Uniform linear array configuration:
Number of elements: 16
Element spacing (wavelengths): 1
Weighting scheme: exponential
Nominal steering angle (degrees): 60
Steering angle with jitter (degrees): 59.809
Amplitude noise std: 0.05
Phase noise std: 0.05

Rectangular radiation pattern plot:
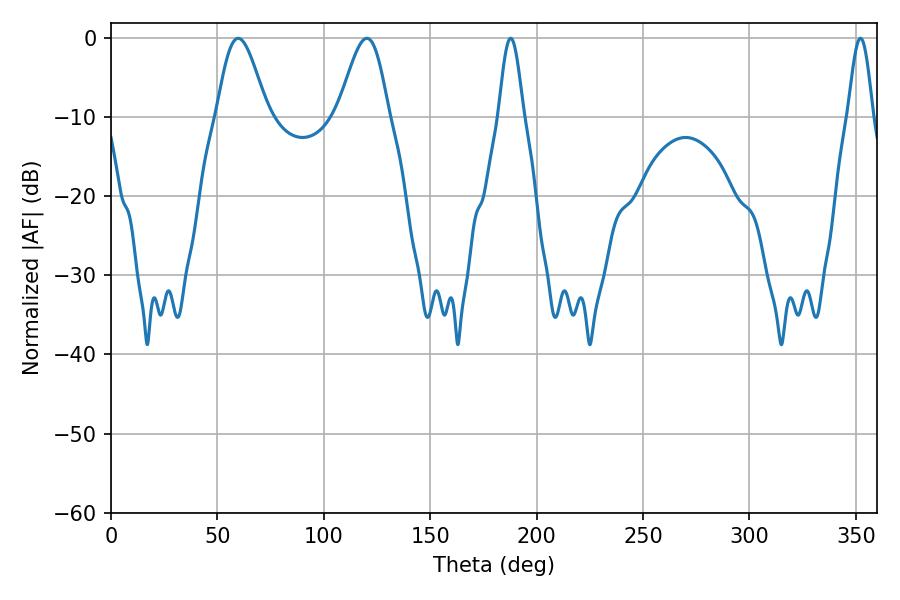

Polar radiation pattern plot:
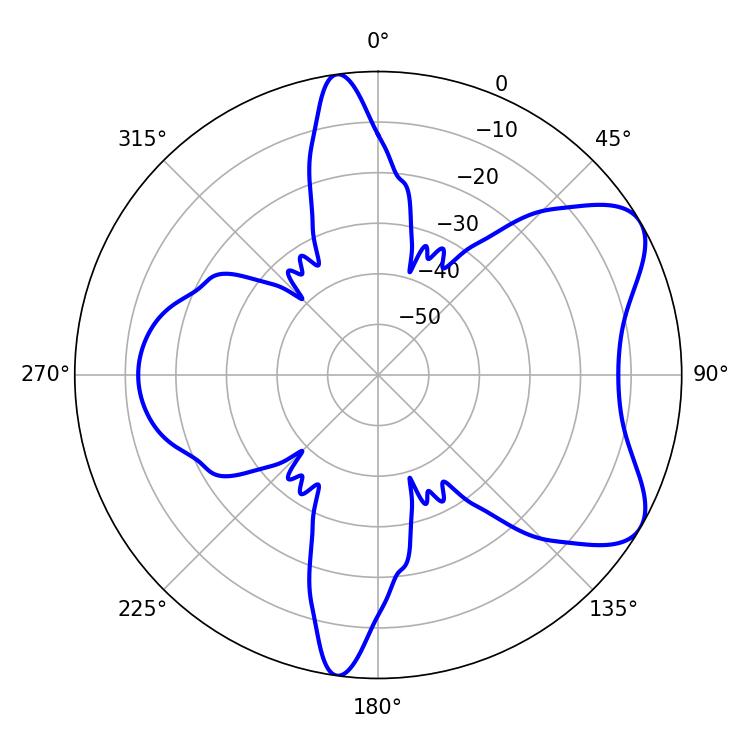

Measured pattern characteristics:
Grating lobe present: TRUE
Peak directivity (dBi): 6.999
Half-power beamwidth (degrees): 12.6
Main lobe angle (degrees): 59.76